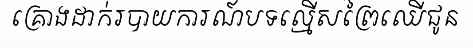
គ្រោងដាក់របាយការណ៍បទល្មើសព្រៃឈើជូន